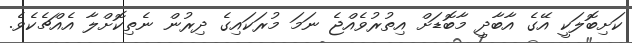
ކަށިބޮލަކީ އޭގެ އާބާދީ މާބޮޑަށް އިތުރުވެއްޖެ ނަމަ މުރަކައިގެ ދިރުން ނެތިކޮށްލާ އެއްޗެކެވެ.